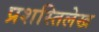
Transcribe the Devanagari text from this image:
प्रशस्तिलेख